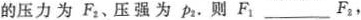
(第5题〉的压力为F_{2}、压强为p_{2}。则F_{1}___F_{2}，